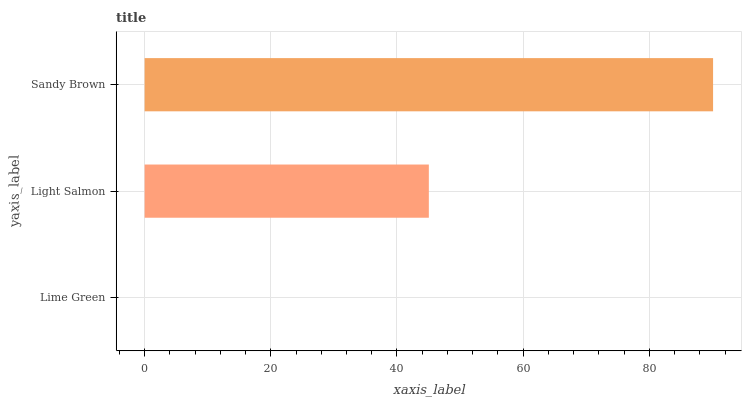
| yaxis_label | bars |
 | --- | --- |
 | Lime Green | 0 |
 | Light Salmon | 45 |
 | Sandy Brown | 90.1 |